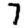
Digit: 7